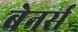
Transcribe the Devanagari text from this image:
बेनर्स